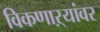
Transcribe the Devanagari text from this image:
विकणाऱ्यांवर